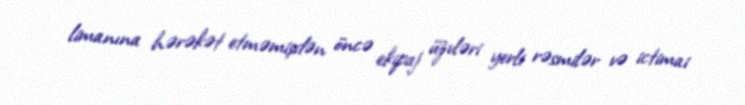
limanına hərəkət etməmişdən öncə ekipaj üzvləri yerli rəsmilər və ictimai